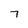
Character: 7